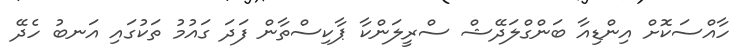
ހާއްސަކޮށް އިންޑިއާ ބަންގްލަދޭޝް ސްރީލަންކާ ޕާކިސްތާން ފަދަ ގައުމު ތަކުގައި އަނބު ހެދޭ